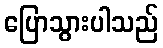
ပြောသွားပါသည်